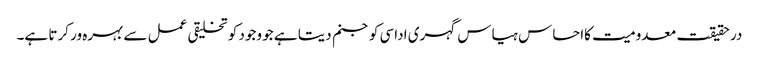
در حقیقت معدومیت کااحساس ہیاس گہری اداسی کو جنم دیتا ہے جو وجود کو تخلیقی عمل سے بہرہ ور کرتا ہے۔